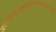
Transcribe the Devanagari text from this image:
अनंन्तसागरमहासमुद्रेमग्नान्समभ्युद्धरवासुदेव।